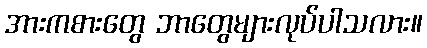
အားကစားတွေ ဘာတွေများလုပ်ပါသလား။